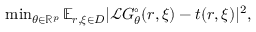
\begin{array} { r } { \operatorname* { m i n } _ { \theta \in \mathbb { R } ^ { p } } \mathbb { E } _ { \boldsymbol { r } , \boldsymbol { \xi } \in D } | \mathcal { L } G _ { \theta } ^ { \circ } ( \boldsymbol { r } , \boldsymbol { \xi } ) - t ( \boldsymbol { r } , \boldsymbol { \xi } ) | ^ { 2 } , } \end{array}